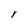
Character: Y